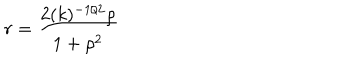
LaTeX: r = \frac { 2 ( k ) ^ { - 1 / 2 } { \rho } } { 1 + { \rho } ^ { 2 } }